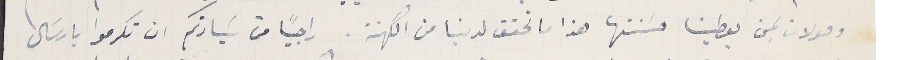
وصولات لِمن يعطينا حسَنتها هذا ما تحقق لدينا من الكهنة. راجيًا من سَيادتكم ان تكرموا بارسَال